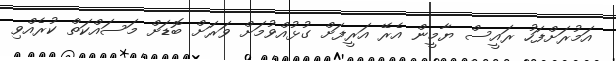
އަމުރަށްފަހު ރައީސް ޔާމީން އެރޭ އަރީފަށް ގުޅުއްވުމަށް ވަރަށް ބޮޑަށް މަސައްކަތް ކުރެއްވި